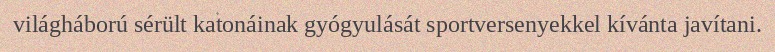
világháború sérült katonáinak gyógyulását sportversenyekkel kívánta javítani.